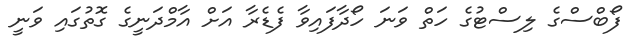
ފޯބްސްގެ ލިސްޓުގެ ހަތް ވަނަ ހޯދާފައިވާ ފެޑެރާ އަށް އާމްދަނީގެ ގޮތުގައި ވަނީ